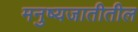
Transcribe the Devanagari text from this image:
मनुष्यजातीतील